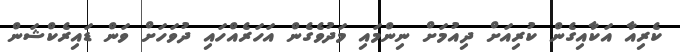
ކެރިއާ އަކާއިގެން ކުރިއަށް ދިއުމަށް ނިންމައި މަދުވެގެން އަހަރެއްހައި ދުވަހަށް ވަން ޑައިރެކްޝަން